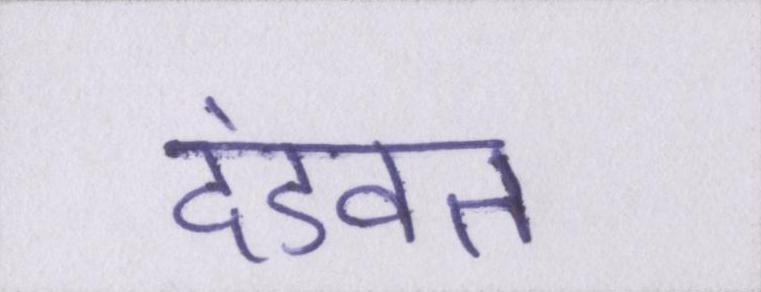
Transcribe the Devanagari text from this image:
दंडवत